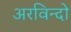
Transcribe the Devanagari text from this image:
अरविन्दो